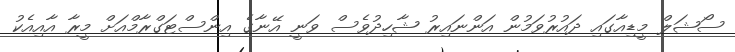
ސޯޝަލް މީޑިއާގައި ދައުރުވަމުން އަންނައިރު ޝާހިދުވެސް ވަނީ އޭނާގެ އިންސްޓަގްރާމްއަށް މީރާ އާއިއެކު